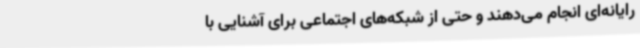
رایانه‌ای انجام می‌دهند و حتی از شبکه‌های اجتماعی برای آشنایی با